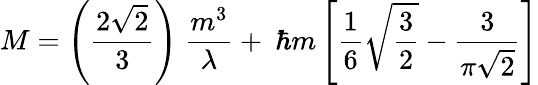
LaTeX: M=\left(\frac{2\sqrt{2}}{3}\right)~\frac{m^{3}}{\lambda}+~\hbar m\left[\frac{1}{6}\sqrt{\frac{3}{2}}-\frac{3}{\pi\sqrt{2}}\right]